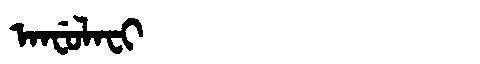
Manchu: ᠠᠨᠸᡠᠯᠠᠸᡳ
Romanization: ANFULAFI